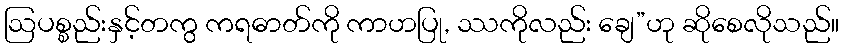
ဩပစ္စည်းနှင့်တကွ ကရဓာတ်ကို ကာဟပြု, ဿကိုလည်း ချေ”ဟု ဆိုစေလိုသည်။